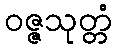
ဝဇ္ဇသုတ္တံ